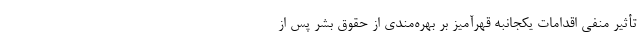
تأثیر منفی اقدامات یکجانبه قهرآمیز بر بهره‌مندی از حقوق بشر پس از